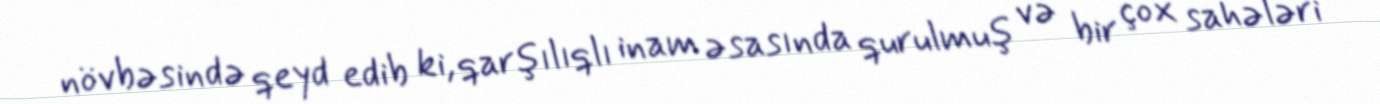
növbəsində qeyd edib ki, qarşılıqlı inam əsasında qurulmuş və bir çox sahələri